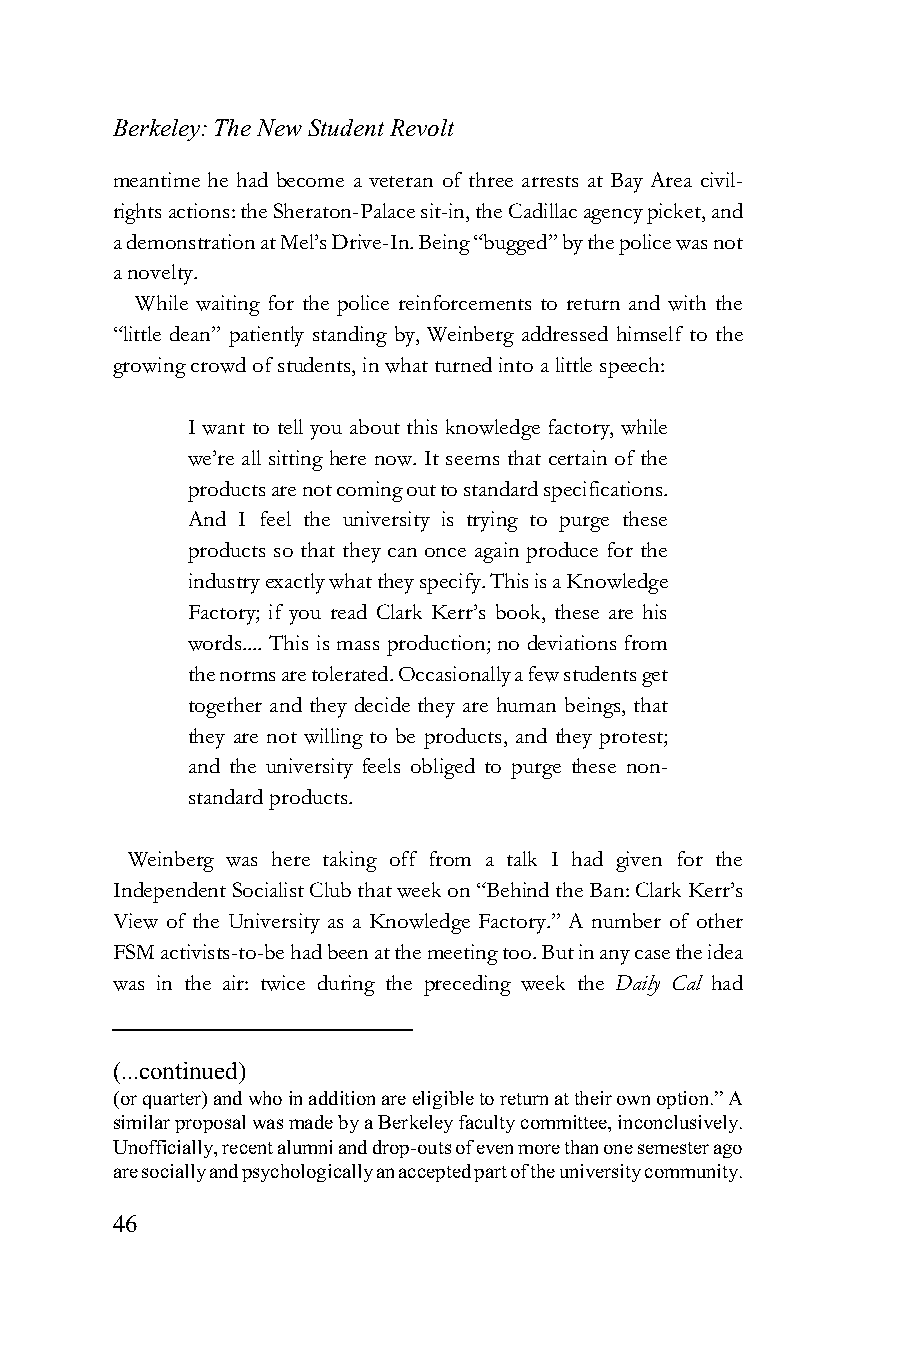
Berkeley: The New Student Revolt
 meantime he had become a veteran of three arrests at Bay Area civil-
 rights actions: the Sheraton-Palace sit-in, the Cadillac agency picket, and
 a demonstration at Mel’s Drive-In. Being “bugged” by the police was not
 a novelty.
 While waiting for the police reinforcements to return and with the
 “little dean” patiently standing by, Weinberg addressed himself to the
 growing crowd of students, in what turned into a little speech:
 I want to tell you about this knowledge factory, while
 we’re all sitting here now. It seems that certain of the
 products are not coming out to standard specifications.
 And I feel the university is trying to purge these
 products so that they can once again produce for the
 industry exactly what they specify. This is a Knowledge
 Factory; if you read Clark Kerr’s book, these are his
 words.... This is mass production; no deviations from
 the norms are tolerated. Occasionally a few students get
 together and they decide they are human beings, that
 they are not willing to be products, and they protest;
 and the university feels obliged to purge these non-
 standard products.
 Weinberg was here taking off from a talk I had given for the
 Independent Socialist Club that week on “Behind the Ban: Clark Kerr’s
 View of the University as a Knowledge Factory.” A number of other
 FSM activists-to-be had been at the meeting too. But in any case the idea
 was in the air: twice during the preceding week the Daily Cal had
 (...continued)
 (or quarter) and who in addition are eligible to return at their own option.” A
 similar proposal was made by a Berkeley faculty committee, inconclusively.
 Unofficially, recent alumni and drop-outs of even more than one semester ago
 are socially and psychologically an accepted part of the university community.
 46